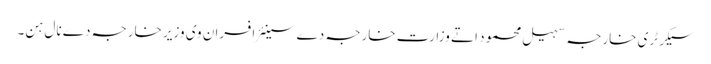
سیکرٹری خارجہ سہیل محمود اتے وزارت خارجہ دے سینئر افسران وی وزیر خارجہ دے نال ہن۔